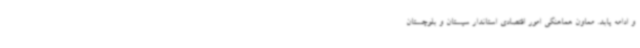
و ادامه یابد. معاون هماهنگی امور اقتصادی استاندار سیستان و بلوچستان